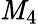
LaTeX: \mathit{M}_{4}